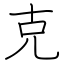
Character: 克